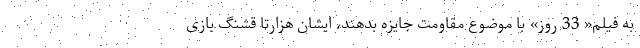
به فیلم« 33 روز» با موضوع مقاومت جایزه بدهند، ایشان هزارتا قشنگ بازی